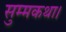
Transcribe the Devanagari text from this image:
सुम्मकथा।